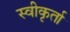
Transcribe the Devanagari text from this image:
स्वीकृर्ता